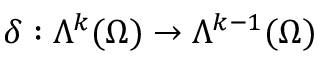
\delta : \Lambda ^ { k } ( \Omega ) \to \Lambda ^ { k - 1 } ( \Omega )